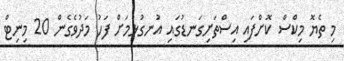
މި ތެޔޮ މިކްސް ކޮށްފައި އިސްތަށިގަނޑުގައި އުނގުޅުމަށް ފަހު މަދުވެގެން 20 މިނިޓް